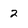
Character: 2